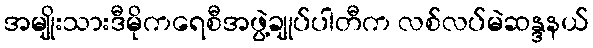
အမျိုးသားဒီမိုကရေစီအဖွဲ့ချုပ်ပါတီက လစ်လပ်မဲဆန္ဒနယ်